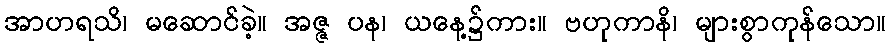
အာဟရသိ၊ မဆောင်ခဲ့။ အဇ္ဇ ပန၊ ယနေ့၌ကား။ ဗဟုကာနိ၊ များစွာကုန်သော။